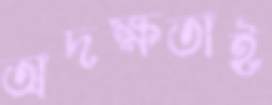
অদক্ষতাই